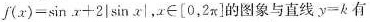
f ( x ) = \sin x +2 \left | \sin x \right |$$，x \in [0，2π]的图象与直线 $$y = k$$ 有